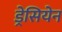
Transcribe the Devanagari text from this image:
ड्रेसियेन